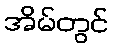
အိမ်တွင်